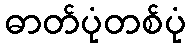
ဓာတ်ပုံတစ်ပုံ